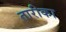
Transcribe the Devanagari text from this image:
तारीका